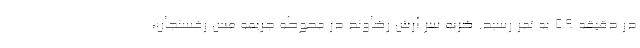
در دقیقه ۵۹ به ثمر رسید. ضربه سر آرش رضاوند در محوطه جریمه مس رفسنجان،